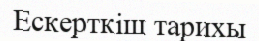
Ескерткіш тарихы